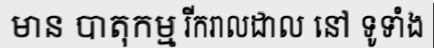
មាន បាតុកម្ម រីករាលដាល នៅ ទូទាំង